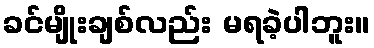
ခင်မျိုးချစ်လည်း မရခဲ့ပါဘူး။